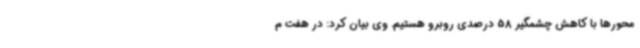
محورها با کاهش چشمگیر 58 درصدی روبرو هستیم. وی بیان کرد: در هفت م